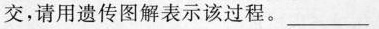
交，请用遗传图解表示该过程。___